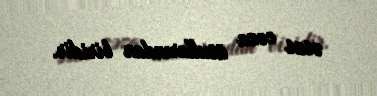
əsas cəza üsullarından biridir.